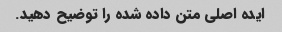
ایده اصلی متن داده شده را توضیح دهید.